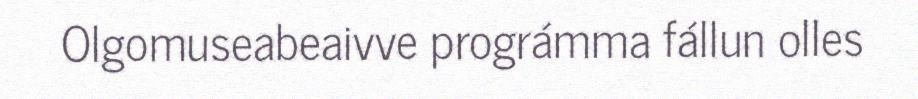
Olgomuseabeaivve prográmma fállun olles